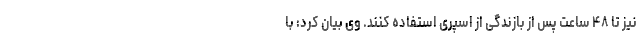
نیز تا ۴۸ ساعت پس از بازندگی از اسپری استفاده کنند. وی بیان کرد: با